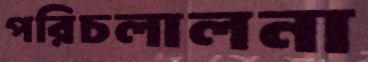
পরিচলালনা